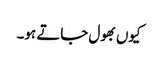
کیوں بھول جاتے ہو۔